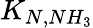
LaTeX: K_{N,NH_{3}}